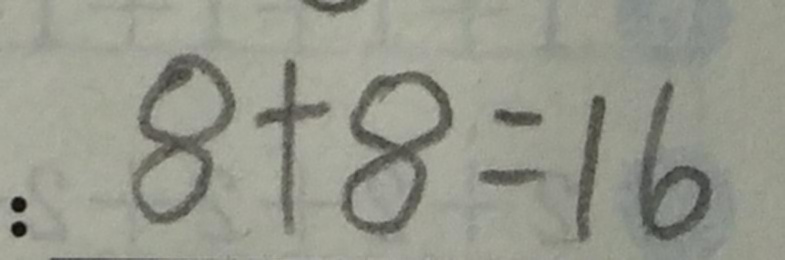
8 + 8 = 1 6